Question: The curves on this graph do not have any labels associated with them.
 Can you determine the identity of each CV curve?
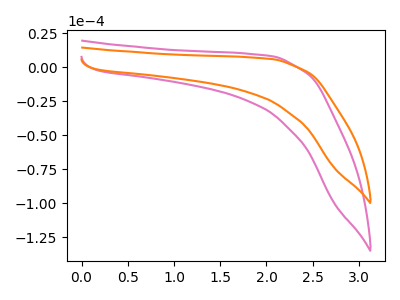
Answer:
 <answer>The pink curve does not have a label. The orange curve does not have a label.</answer>
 <eval></eval>